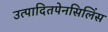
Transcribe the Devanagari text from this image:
उत्पादितपेनसिलिंस